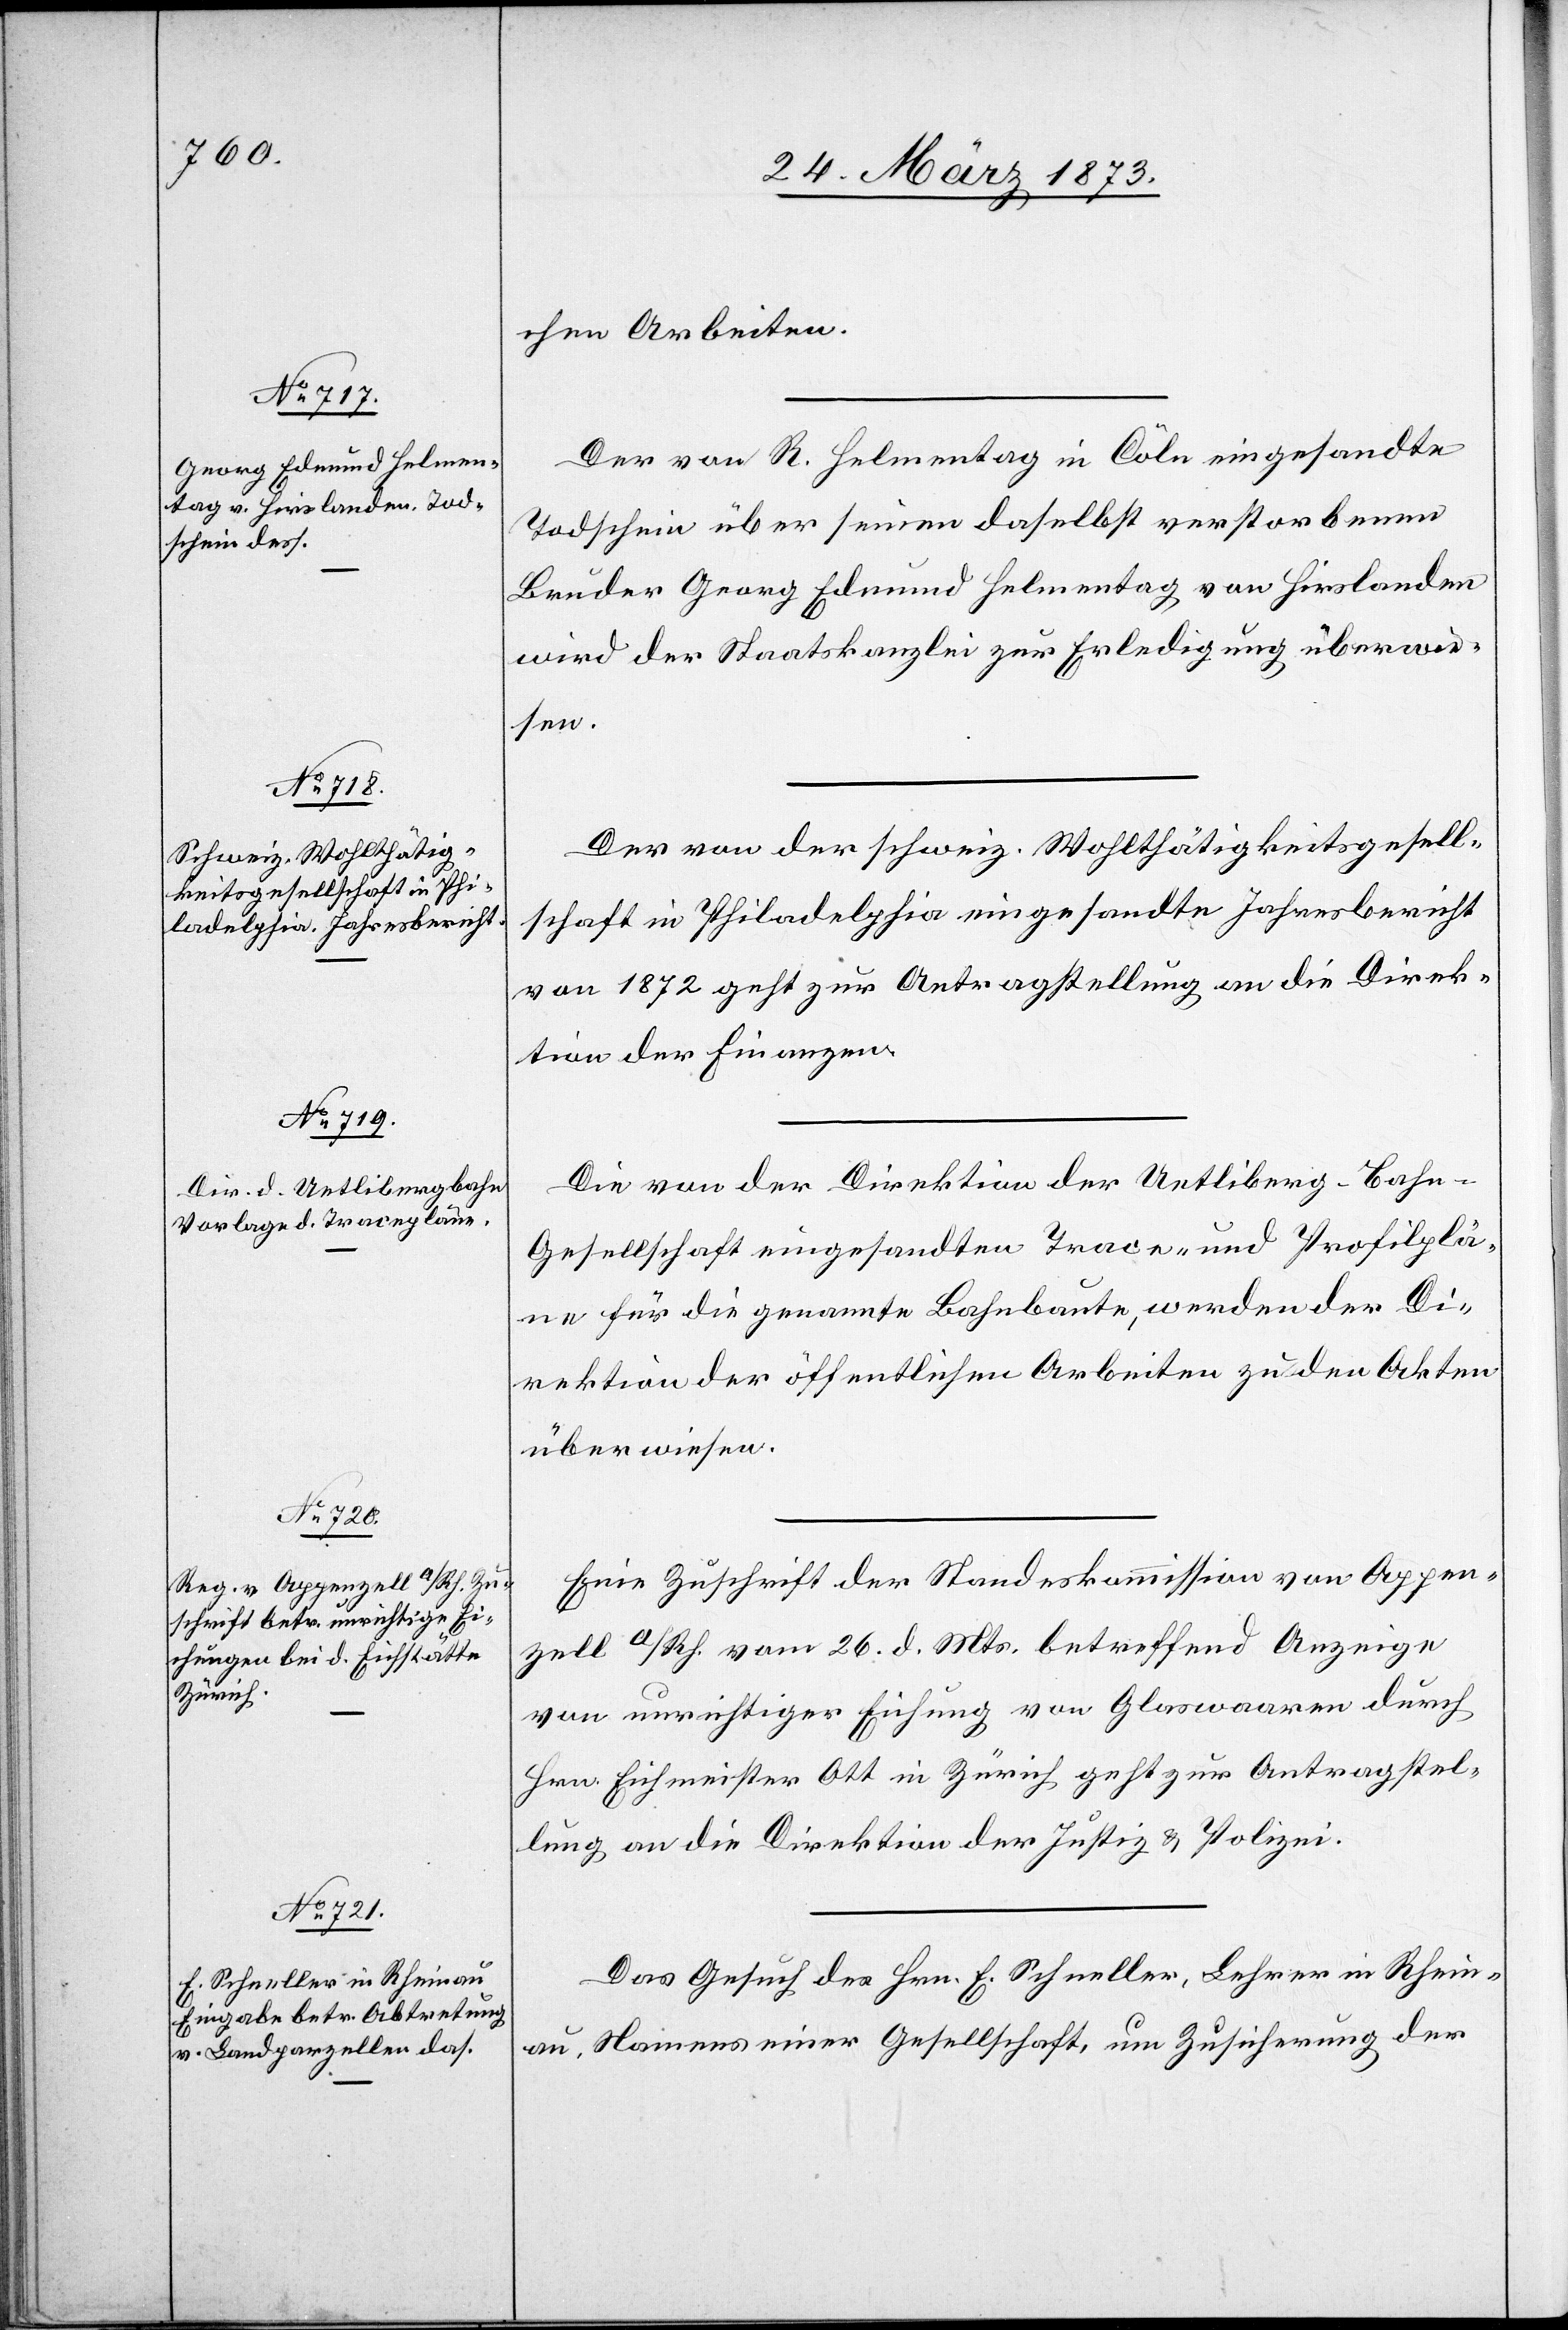
28. März 1873.]
chen Arbeiten.
Der von R. Helmentag in Cöln eingesandte
Todschein über seinen daselbst verstorbenen
Bruder Georg Edmund Helmentag von Hirslanden
wird der Staatskanzlei zur Erledigung überwie¬
sen.
Der von der schweiz. Wohlthätigkeitsgesell¬
schaft in Philadelphia eingesandte Jahresbericht
von 1872 geht zur Antragstellung an die Direk¬
tion der Finanzen.
Die von der Direktion der Uetliberg-Bahn-G¬
esellschaft eingesandten Trace- und Profilplä¬
ne für die genannte Bahnbaute, werden der Di¬
rektion der öffentlichen Arbeiten zu den Akten
überwiesen.
Eine Zuschrift der Standeskommission von Appen¬
zell a/Rh. vom 26. d. Mts. betreffend Anzeige
von unrichtiger Eichung von Glaswaaren durch
Hrn. Eichmeister Ott in Zürich geht zur Antragstel¬
lung an die Direktion der Justiz u. Polizei.
Das Gesuch des Hrn. E. Schneller, Lehrer in Rhein¬
au, Namens einer Gesellschaft, um Zusicherung der